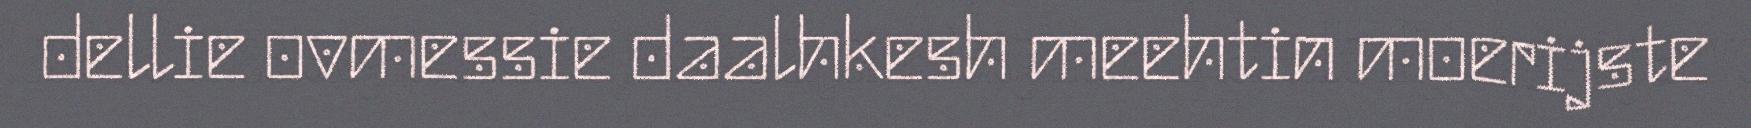
dellie ovmessie daalhkesh meehtin moerijste